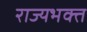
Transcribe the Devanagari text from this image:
राज्यभक्त